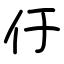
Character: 㐵